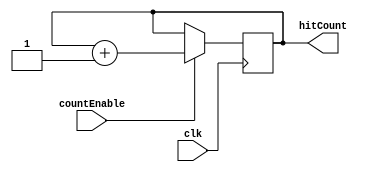
module Counter(input clk, countEnable, output reg [12:0] hitCount);
  initial begin
    hitCount = 0;
  end
  always @ (posedge clk) begin
    if(countEnable)
      hitCount <= hitCount + 1;
    else
      hitCount <= hitCount;
  end
endmodule